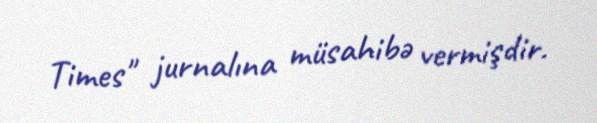
Times" jurnalına müsahibə vermişdir.